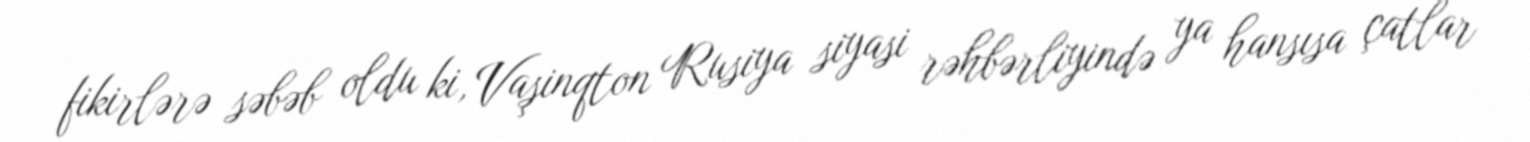
fikirlərə səbəb oldu ki, Vaşinqton Rusiya siyasi rəhbərliyində ya hansısa çatlar